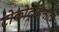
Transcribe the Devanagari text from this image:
टोकोट्रॉयनॉल